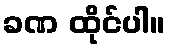
ခဏ ထိုင်ပါ။